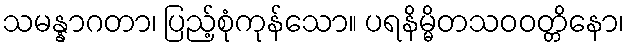
သမန္နာဂတာ၊ ပြည့်စုံကုန်သော။ ပရနိမ္မိတသဝဝတ္တိနော၊